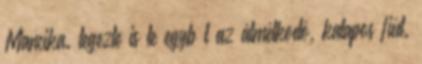
Mancika. tegezte is le egybıl az álmélkodó, kalapos fiút.